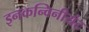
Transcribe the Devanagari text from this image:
इनकन्विनीयंट